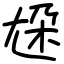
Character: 尮